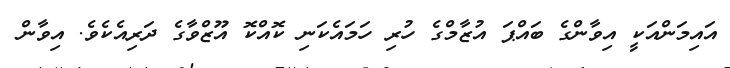
އައިމަންއަކީ އިވާންގެ ބައްޕަ އުޒާމްގެ ހުރި ހަމައެކަނި ކޮއްކޮ އޫޒްވާގެ ދަރިއެކެވެ. އިވާން